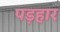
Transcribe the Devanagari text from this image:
पड़हार